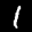
Label: 1